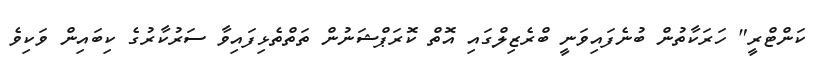
ކަންޓްރީ" ހަރަކާތުން ބުނެފައިވަނީ ބްރެޒިލްގައި އޮތް ކޮރަޕްޝަނުން ތަތްތެޅިފައިވާ ސަރުކާރުގެ ކިބައިން ވަކިވެ